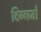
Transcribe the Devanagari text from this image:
दिग्‍गजों